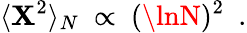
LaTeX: \langle\mathbf{X}^{2}\rangle_{N}~\propto~(\lnN)^{2}~~.